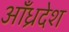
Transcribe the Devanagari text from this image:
आँध्रदेश